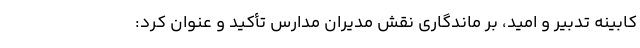
کابینه تدبیر و امید، بر ماندگاری نقش مدیران مدارس تأکید و عنوان کرد: